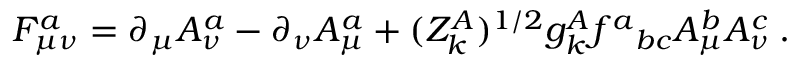
F _ { \mu \nu } ^ { a } = \partial _ { \mu } A _ { \nu } ^ { a } - \partial _ { \nu } A _ { \mu } ^ { a } + ( Z _ { k } ^ { A } ) ^ { 1 / 2 } g _ { k } ^ { A } f ^ { a } { } _ { b c } A _ { \mu } ^ { b } A _ { \nu } ^ { c } \: .